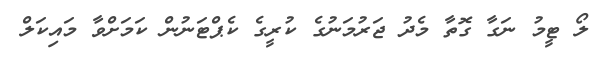
ލޯ ޓީމު ނަގާ ގޮތާ މެދު ޖަރުމަނުގެ ކުރީގެ ކެޕްޓަނުން ކަމަށްވާ މައިކަލް